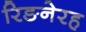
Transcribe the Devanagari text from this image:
रिङनेरह